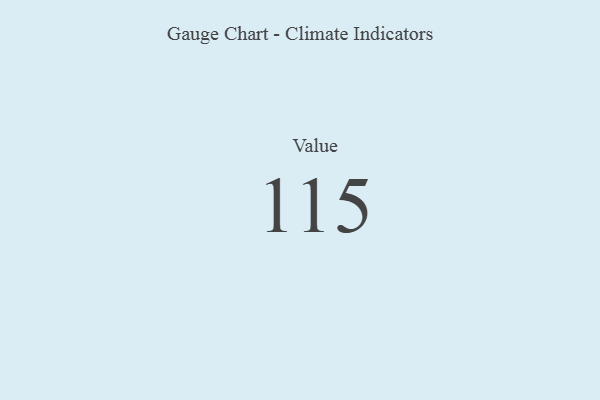
{"axis": {"x": "Metric", "y": "Value"}, "legend": [""], "data": [{"x": "Value", "y": 115, "type": ""}]}